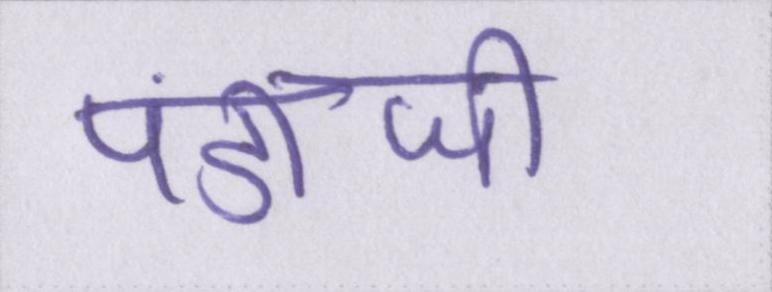
पंडीजी